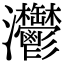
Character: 灪